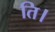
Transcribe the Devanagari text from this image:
ति।